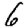
Digit: 6